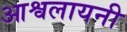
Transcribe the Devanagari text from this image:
आश्वलायनी